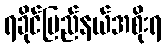
ရခိုင်ပြည်နယ်အစိုးရ